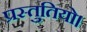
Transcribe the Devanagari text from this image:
प्रस्तुतियो।